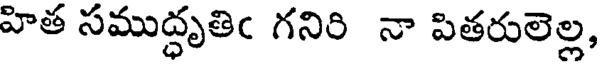
హిత సముద్ధృతిఁ గనిరి నా పితరులెల్ల,